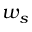
w _ { s }